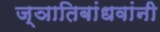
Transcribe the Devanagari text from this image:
ज्ञातिबांधवांनी